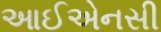
આઈએનસી